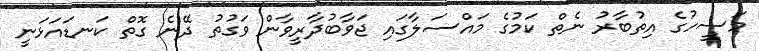
މަސީހުގެ އިތުބާރު ނެތް ކަމުގެ މައްސަލާގައި ޖަވާބުދާރީވާން ވަގުތު ދޭނެ ގޮތް ކަނޑައަޅަނީ